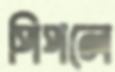
পিপলে